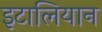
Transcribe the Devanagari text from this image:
इटालियान